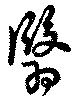
翳